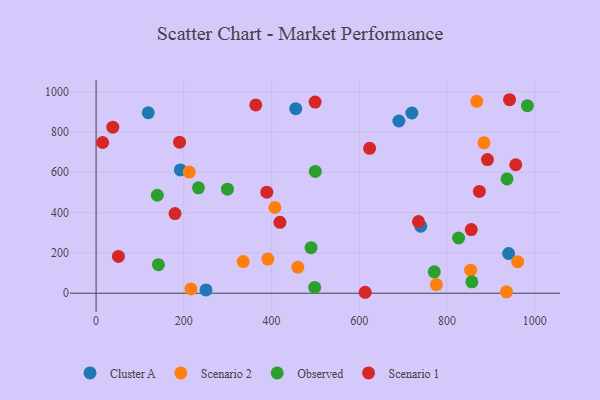
{"axis": {"x": "Study Hours", "y": "Demand"}, "legend": ["Cluster A", "Observed", "Scenario 1", "Scenario 2"], "data": [{"x": "250.5", "y": 16.3, "type": "Cluster A"}, {"x": "690.2", "y": 854.4, "type": "Cluster A"}, {"x": "118.9", "y": 895.4, "type": "Cluster A"}, {"x": "719.8", "y": 894.1, "type": "Cluster A"}, {"x": "192.0", "y": 611.7, "type": "Cluster A"}, {"x": "940.3", "y": 197.0, "type": "Cluster A"}, {"x": "740.0", "y": 332.5, "type": "Cluster A"}, {"x": "455.1", "y": 915.7, "type": "Cluster A"}, {"x": "775.6", "y": 42.8, "type": "Scenario 2"}, {"x": "216.2", "y": 21.2, "type": "Scenario 2"}, {"x": "961.0", "y": 156.7, "type": "Scenario 2"}, {"x": "212.3", "y": 600.9, "type": "Scenario 2"}, {"x": "867.8", "y": 952.3, "type": "Scenario 2"}, {"x": "853.6", "y": 114.2, "type": "Scenario 2"}, {"x": "407.6", "y": 425.3, "type": "Scenario 2"}, {"x": "391.4", "y": 169.2, "type": "Scenario 2"}, {"x": "935.4", "y": 7.1, "type": "Scenario 2"}, {"x": "884.1", "y": 746.4, "type": "Scenario 2"}, {"x": "335.3", "y": 156.9, "type": "Scenario 2"}, {"x": "459.8", "y": 129.4, "type": "Scenario 2"}, {"x": "826.3", "y": 274.0, "type": "Observed"}, {"x": "490.0", "y": 226.1, "type": "Observed"}, {"x": "856.5", "y": 56.4, "type": "Observed"}, {"x": "936.7", "y": 567.0, "type": "Observed"}, {"x": "498.3", "y": 28.8, "type": "Observed"}, {"x": "233.3", "y": 522.9, "type": "Observed"}, {"x": "142.1", "y": 141.6, "type": "Observed"}, {"x": "983.1", "y": 930.4, "type": "Observed"}, {"x": "299.4", "y": 516.3, "type": "Observed"}, {"x": "139.6", "y": 486.0, "type": "Observed"}, {"x": "770.9", "y": 106.4, "type": "Observed"}, {"x": "499.7", "y": 604.2, "type": "Observed"}, {"x": "956.5", "y": 637.4, "type": "Scenario 1"}, {"x": "38.1", "y": 824.0, "type": "Scenario 1"}, {"x": "419.1", "y": 351.8, "type": "Scenario 1"}, {"x": "613.4", "y": 4.7, "type": "Scenario 1"}, {"x": "190.2", "y": 749.2, "type": "Scenario 1"}, {"x": "734.9", "y": 355.5, "type": "Scenario 1"}, {"x": "50.9", "y": 182.5, "type": "Scenario 1"}, {"x": "389.2", "y": 501.1, "type": "Scenario 1"}, {"x": "364.0", "y": 934.4, "type": "Scenario 1"}, {"x": "892.1", "y": 663.0, "type": "Scenario 1"}, {"x": "14.9", "y": 747.9, "type": "Scenario 1"}, {"x": "179.9", "y": 395.1, "type": "Scenario 1"}, {"x": "942.5", "y": 960.0, "type": "Scenario 1"}, {"x": "623.5", "y": 719.1, "type": "Scenario 1"}, {"x": "855.2", "y": 315.8, "type": "Scenario 1"}, {"x": "873.7", "y": 505.1, "type": "Scenario 1"}, {"x": "499.3", "y": 948.2, "type": "Scenario 1"}]}